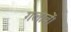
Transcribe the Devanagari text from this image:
गलावें।